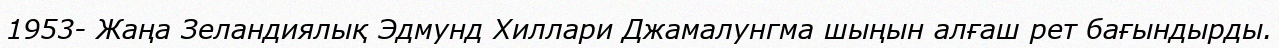
1953- Жаңа Зеландиялық Эдмунд Хиллари Джамалунгма шыңын алғаш рет бағындырды.